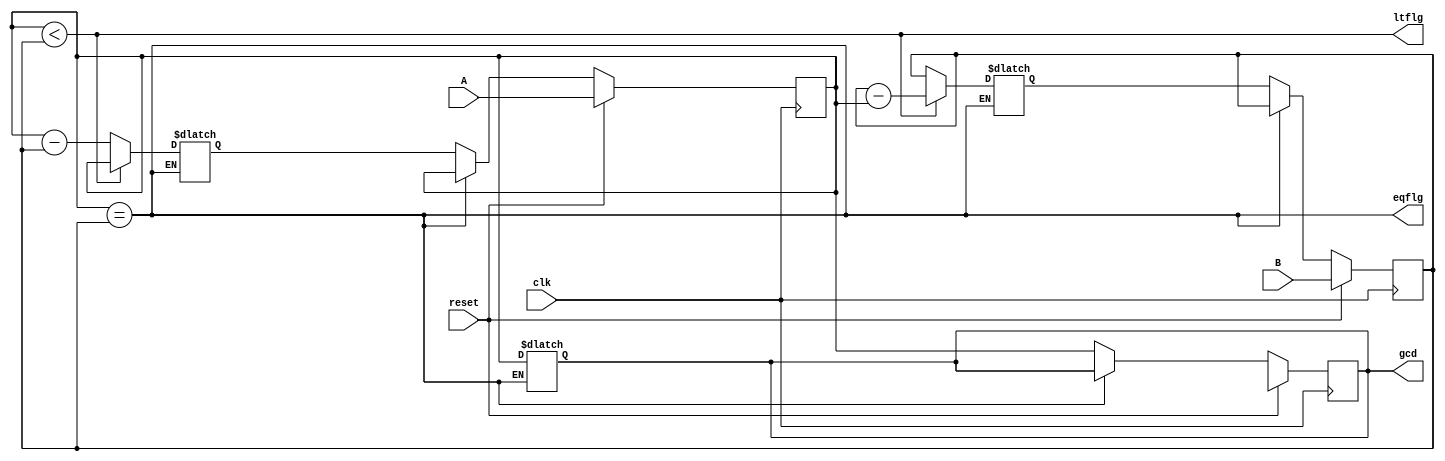
`timescale 1ns / 1ps
//////////////////////////////////////////////////////////////////////////////////
// Company: 
// Engineer: 
// 
// Create Date: 
// Design Name: 
// Module Name: gcd_calculator
// Project Name: 
// Target Devices: 
// Tool Versions: 
// Description: 
// 
// Dependencies: 
// 
// Revision:
// Revision 0.01 - File Created
// Additional Comments:
// 
//////////////////////////////////////////////////////////////////////////////////
 
/////////////////////////////////////////////////////////////////////////////////
//GROUP NO. 13
// 5th semester  - AUTUMN 2020 
//STUDENTS : ATHARVA ROSHAN NAIK (18CS10067)
//           RADHIKA PATWARI (18CS10062)

// ASSIGNMENT 4 -- Question 3
// GCD calculator for 8 bits
///////////////////////////////////////////////////////////////////////////////////

// Computing gcd of 2 numbers based upon the algorithm : 
// while (x!=y)
// {
//      if(x < y)
//          y = y - x;
//      else
//          x = x - y;
// }
// gcd = x;

// Module parameters::
// A : 8 bit signed binary input
// B : 8 bit signed binary input
// clk : clock needed to drive the FSM
// rst : reset the input
// gcd : calculating and storing 8-bit gcd value
// eqflg : if (X == Y) then eqflg = 1 else eqflg = 0
// ltflg : if (X < Y) then ltflg = 1 else ltflg = 0

module gcd_calculator(input signed [7:0] A, input signed [7:0] B, input clk, input reset, output reg signed [7:0] gcd,output reg eqflg,output reg ltflg);
    
    // X : to store A temporarily and perform gcd computation
    // Y : to store B temporarily and perform gcd computation
    // X_new : to store updated value of X
    // Y_new : to store updated value of Y
    reg signed [7:0] X,Y,X_new,Y_new;

    always @(posedge clk)               //driving the control path at positive edge of clock
        if(reset)                       //initialising the value of X and Y
            begin
                X <= A;
                Y <= B;
                gcd <= 8'bx;
            end
        else if(eqflg == 0)
            begin                       //Updating the value of X and Y 
                X <= X_new;
                Y <= Y_new;
                gcd <= X;               //storing the value of gcd
            end

    always @(X, Y)                   //driving the control path at positive edge of clock
    begin
        eqflg = (X==Y);             //checking equality of signed X and Y
        ltflg = (X < Y);            //checking if X<Y
        if(eqflg)                   //update gcd and finish computation if X==Y
            gcd = X;
        else if(ltflg)              //Update Y as (Y-X) if Y>X
        begin
            X_new = X;
            Y_new = Y - X;
        end
        else                        //Update X as (X-Y) if X>Y
        begin
            X_new = X - Y;
            Y_new = Y;
        end
    end

endmodule